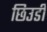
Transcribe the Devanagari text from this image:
छिउडी